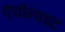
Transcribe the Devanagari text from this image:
एवोनाइट